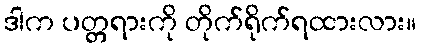
ဒါက ပတ္တရားကို တိုက်ရိုက်ရထားလား။